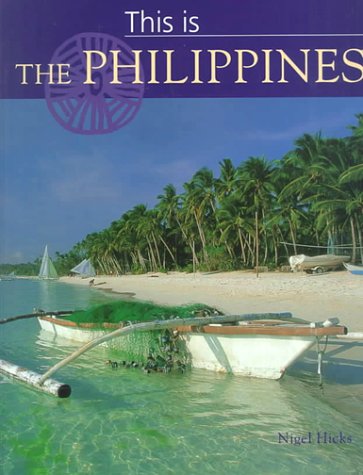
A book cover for This Is the Philippines (World of Exotic Travel Destinations); Nigel Hicks; Travel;